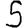
Digit: 5